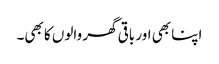
اپنا بھی اور باقی گھر والوں کا بھی۔